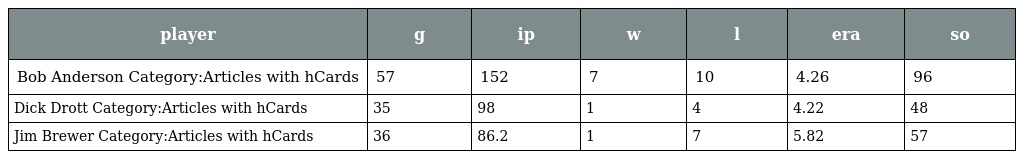
| player | g | ip | w | l | era | so |
 | --- | --- | --- | --- | --- | --- | --- |
 | Bob Anderson Category:Articles with hCards | 57 | 152 | 7 | 10 | 4.26 | 96 |
 | Dick Drott Category:Articles with hCards | 35 | 98 | 1 | 4 | 4.22 | 48 |
 | Jim Brewer Category:Articles with hCards | 36 | 86.2 | 1 | 7 | 5.82 | 57 |